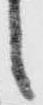
候